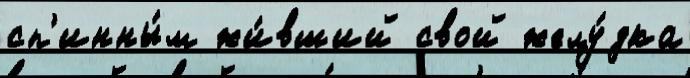
сп'инны́м жи́вший свой желу́дка